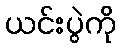
ယင်းပွဲကို